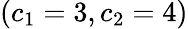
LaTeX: (c_{1}=3,c_{2}=4)